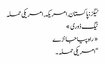
ٹیگز : پاکستان, امریکہ, امریکی حملہ
ٹیگ ڈوری »
« راہ پیا جانڑے
“امریکی حملہ ۔